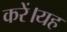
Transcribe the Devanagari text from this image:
करें।यह